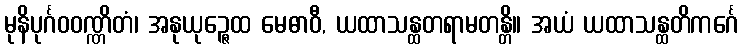
မုနိပုင်္ဂဝဝဏ္ဏိတံ၊ အနုယုဉ္ဇေထ မေဓာဝီ, ယထာသန္ထတရာမတန္တိ။ အယံ ယထာသန္ထတိကင်္ဂေ